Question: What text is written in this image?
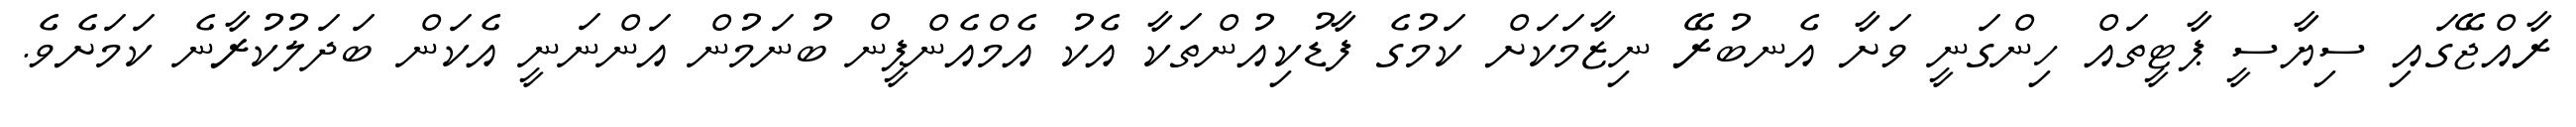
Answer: ރާއްޖޭގައި ސިޔާސީ ޕާޓީތައް ހިންގަނީ ވަށާ އެނބުރޭ ނިޒާމަކަށް ކަމުގެ ފާޑުކިއުންތަކާ އެކު އެމްއެންޕީން ބުނަމުން އަންނަނީ އެކަން ބަދަލުކުރާނެ ކަމަށެވެ.